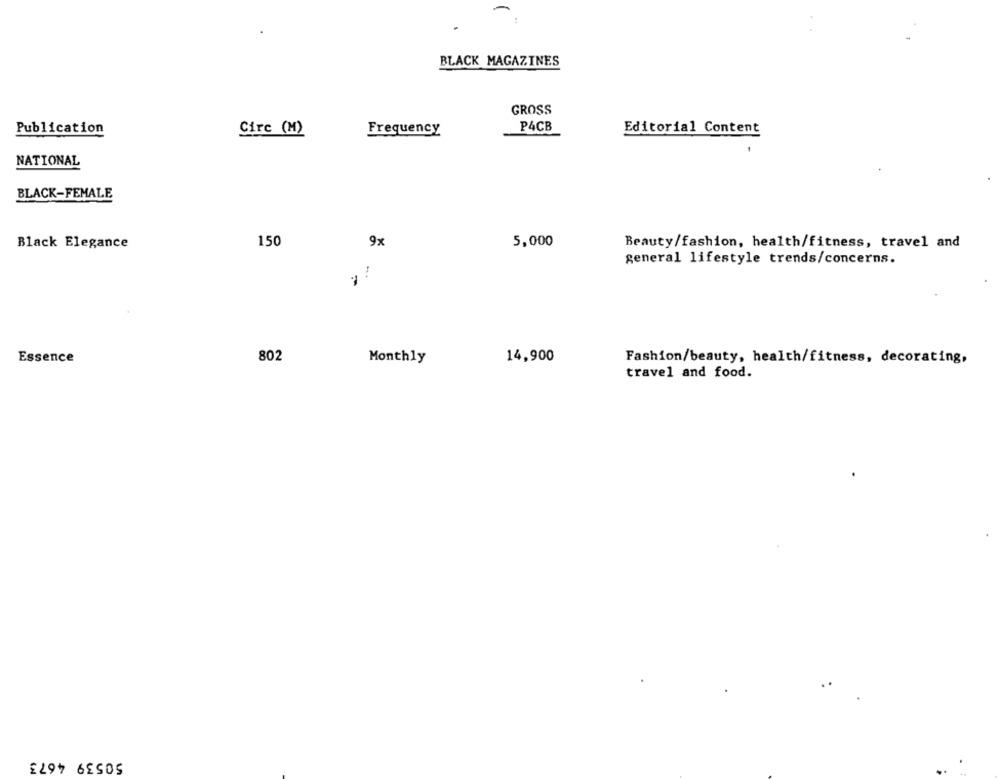
-
BLACK MAGAZINES
GROSS
Publication
Circ (M)
Frequency
P4CB
Editorial Content
NATIONAL
BLACK-FEMALE
150
Black Elegance
9x
5,000
Beauty/fashion, health/fitness, travel and
general lifestyle trends/concerns.
-
Essence
802
14,900
Monthly
Fashion/beauty, health/fitness, decorating,
travel and food.
50539 4673